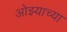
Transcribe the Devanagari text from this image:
ओझ्याच्या